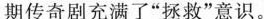
期传奇剧充满了“拯救”意识。